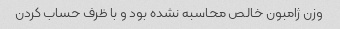
وزن ژامبون خالص محاسبه نشده بود و با ظرف حساب کردن